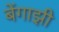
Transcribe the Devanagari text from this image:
बेंगाझी